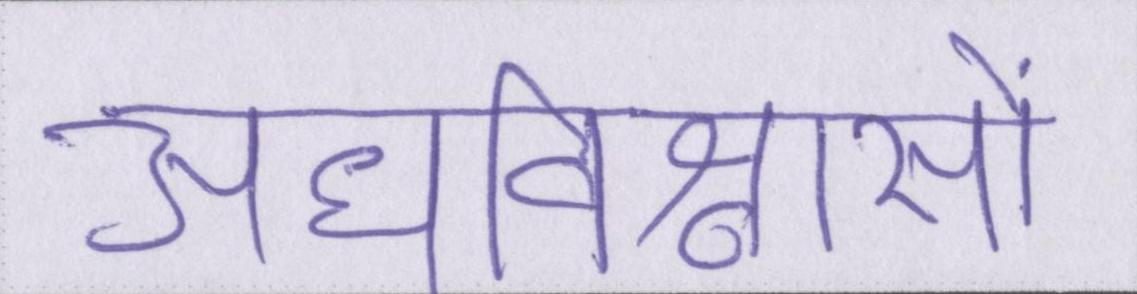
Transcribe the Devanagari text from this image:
अंधविश्वासों